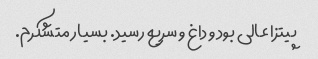
پیتزا عالی بود و داغ و سریع رسید. بسیار متشکرم.